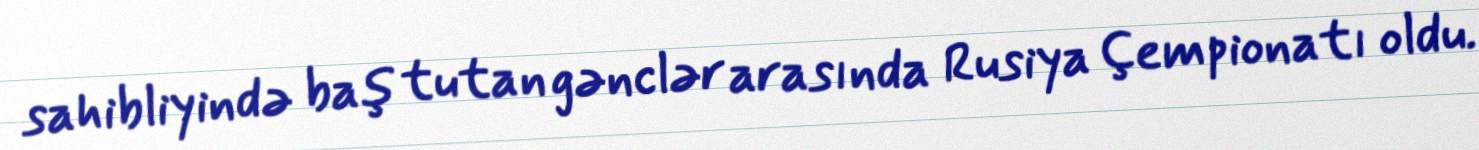
sahibliyində baş tutan gənclər arasında Rusiya Çempionatı oldu.